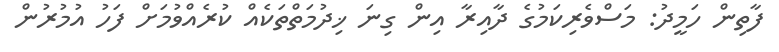
ފާތިން ހަމީދު: މަސްވެރިކަމުގެ ދާއިރާ އިން ގިނަ ޚިދުމަތްތަކެއް ކުރެއްވުމަށް ފަހު އުމުރުން